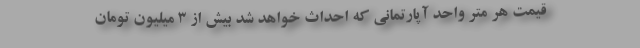
قیمت هر متر واحد آپارتمانی که احداث خواهد شد بیش از ۳ میلیون تومان